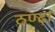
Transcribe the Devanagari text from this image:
ठण्ढा